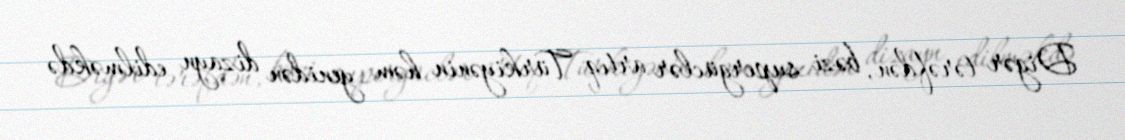
Digər tərəfdən, bəzi supergüclər artıq Türkiyənin həm yenidən dizayn edilməkdə